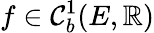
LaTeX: f\in\mathcal{C}_{b}^{1}(E,\mathbb{R})